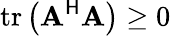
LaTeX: \operatorname{tr}\left(\mathbf{A}^{\mathsf{H}}\mathbf{A}\right)\geq 0